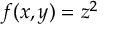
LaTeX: f ( x , y ) = z ^ { 2 }